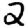
Digit: 2